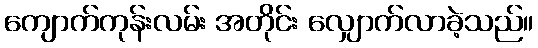
ကျောက်ကုန်းလမ်း အတိုင်း လျှောက်လာခဲ့သည်။